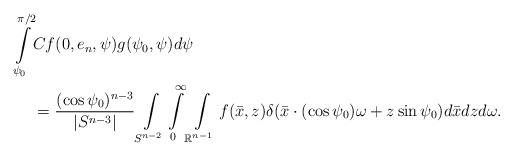
LaTeX: \begin{align*}\int\limits_{\psi_0}^{\pi/2}&Cf(0,e_n,\psi)g(\psi_0,\psi)d\psi \\&=\frac{(\cos\psi_0)^{n-3}}{|S^{n-3}|} \int\limits_{S^{n-2}}\int\limits_0^\infty \int\limits_{\mathbb{R}^{n-1}} f(\bar{x},z) \delta(\bar{x}\cdot (\cos\psi_0)\omega+z\sin\psi_0)d\bar{x}dz d\omega.\end{align*}